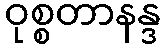
ဝုစ္စတာနန္ဒ